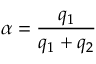
\alpha = \frac { q _ { 1 } } { q _ { 1 } + q _ { 2 } }